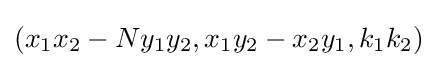
(x_{1}x_{2}-Ny_{1}y_{2},x_{1}y_{2}-x_{2}y_{1},k_{1}k_{2})